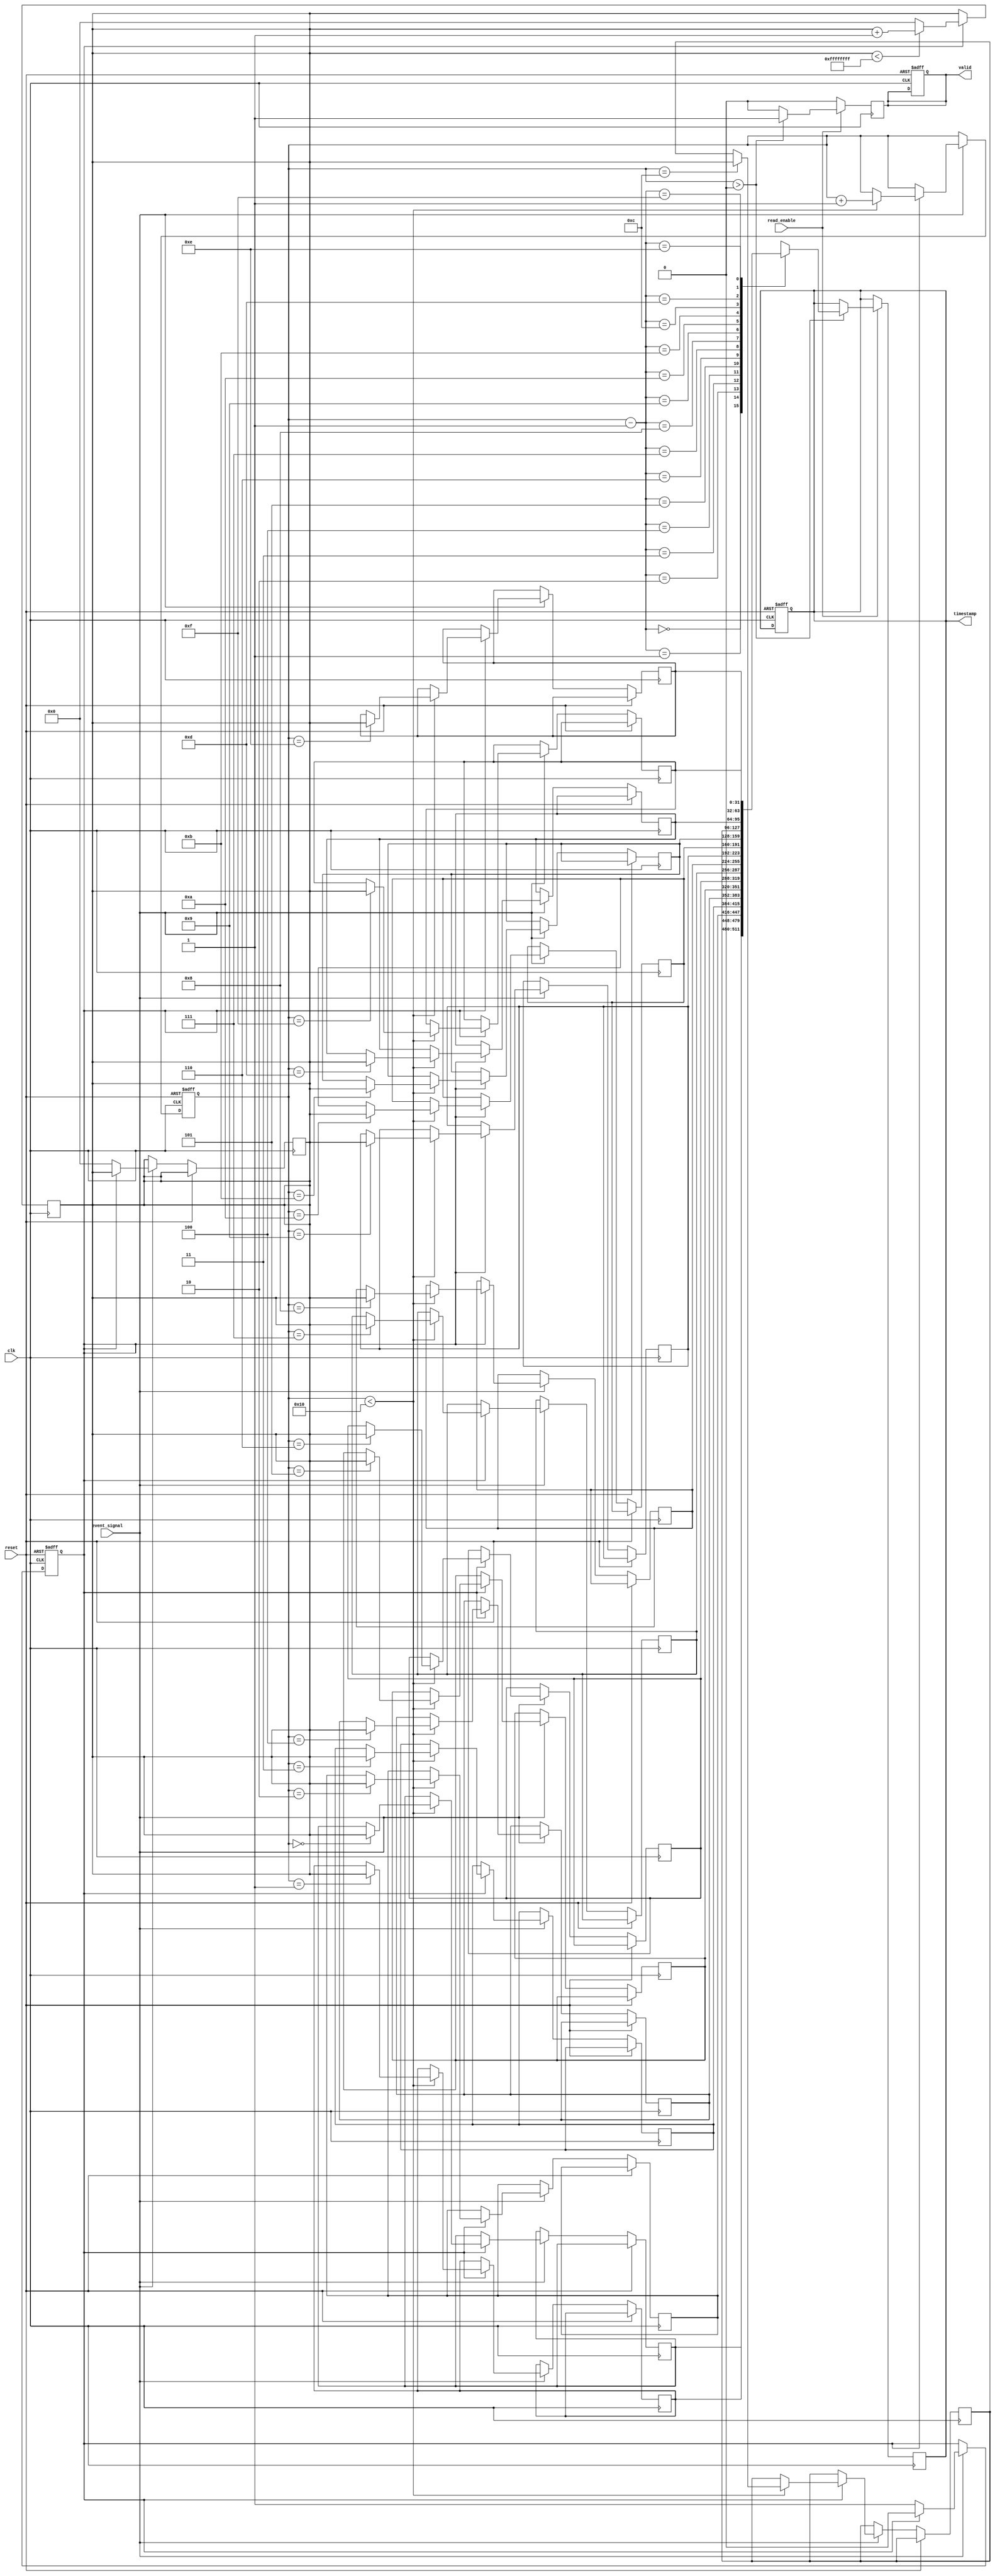
module MemoryBlocksEventTimerTDC (
    input wire clk,                // System clock
    input wire reset,              // Asynchronous reset
    input wire event_signal,       // Event signal input
    input wire read_enable,        // Read enable signal
    output reg [31:0] timestamp,   // Output timestamp
    output reg valid               // Output valid signal
);

    // Parameters
    parameter MEMORY_SIZE = 16;    // Number of events to store
    parameter MAX_COUNT = 32'hFFFFFFFF; // Maximum count value

    // Internal Signals
    reg [31:0] timer_count;         // Timer counter
    reg [31:0] memory [0:MEMORY_SIZE-1]; // Memory array for timestamps
    reg [3:0] event_index;          // Current event index
    reg capturing;                  // Flag to indicate capturing state

    // Event Detection Unit
    always @(posedge clk or posedge reset) begin
        if (reset) begin
            event_index <= 0;
            capturing <= 0;
            valid <= 0;
            timestamp <= 0;
        end else if (event_signal) begin
            if (!capturing) begin
                // Start capturing
                capturing <= 1;
                timer_count <= 0; // Reset timer count
            end else begin
                // Stop capturing and store timestamp
                capturing <= 0;
                if (event_index < MEMORY_SIZE) begin
                    memory[event_index] <= timer_count;
                    event_index <= event_index + 1;
                end
            end
        end
    end

    // Timer Core
    always @(posedge clk) begin
        if (capturing) begin
            if (timer_count < MAX_COUNT) begin
                timer_count <= timer_count + 1; // Increment timer count
            end else begin
                // Handle overflow
                timer_count <= 0; // Reset on overflow
            end
        end
    end

    // Memory Interface and Output Formatter
    always @(posedge clk) begin
        if (read_enable) begin
            if (event_index > 0) begin
                // Read the last stored timestamp
                timestamp <= memory[event_index - 1];
                valid <= 1; // Indicate valid output
            end else begin
                valid <= 0; // No valid timestamp
            end
        end else begin
            valid <= 0; // No read operation
        end
    end

endmodule